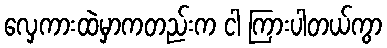
လှေကားထဲမှာကတည်းက ငါ ကြားပါတယ်ကွာ